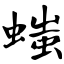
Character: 嗤